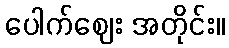
ပေါက်ဈေး အတိုင်း။